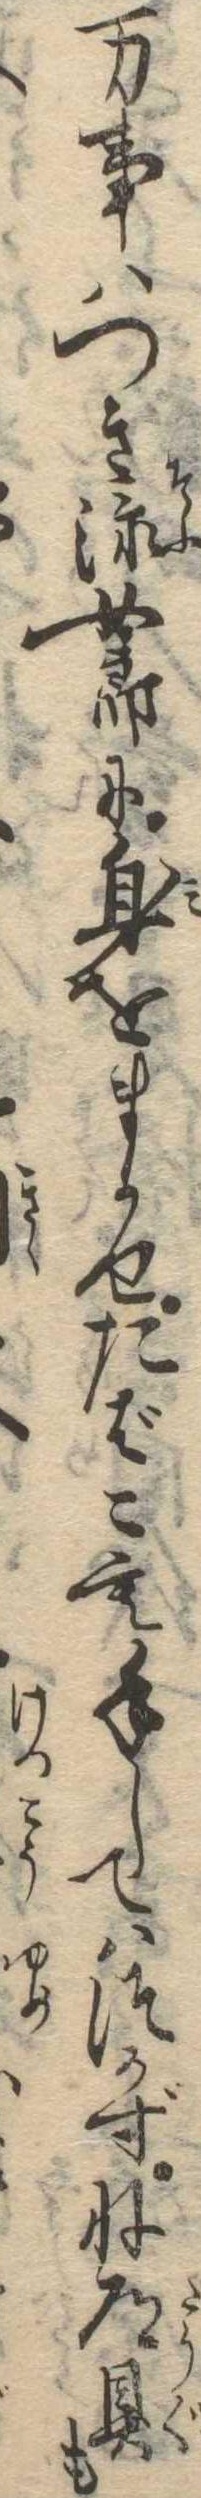
万事はつき添女郎に身をまかせたばこも手してはつかずね道具も